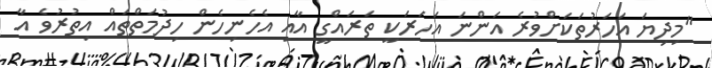
"މިދިޔަ އަހަރުތަކަށްވުރެ އަންނަ އަހަރަކީ ތަރައްގީ އާއި އެހެނިހެން ހިދުމަތްތައް އިތުރުވެ އާ